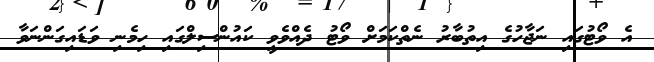
އެ ވޯޓުގައި ނަޖާހުގެ އިތުބާރު ނެތްކަމަށް ވޯޓު ދެއްވެވީ ކައުންސިލްގައި ހިމެނި ވަޑައިގަންނަވާ